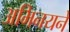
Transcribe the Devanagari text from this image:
अभिनयने